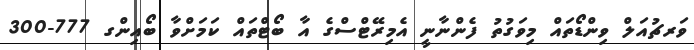
ވަރޗުއަލް ވިންޑޯތައް މިވަގުތު ފެންނާނީ އެމިރޭޓްސްގެ އާ ބޯޓްތައް ކަމަށްވާ ބޯއިންގ 777-300